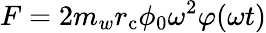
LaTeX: F=2m_{w}r_{\mathrm{c}}\phi_{0}\omega^{2}\varphi(\omega t)